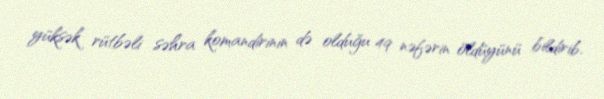
yüksək rütbəli səhra komandirinin də olduğu 49 nəfərin öldüyünü bildirib.